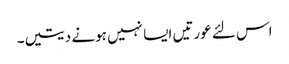
اس لئے عورتیں ایسا نہیں ہونے دیتیں۔